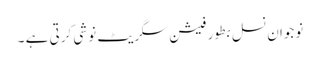
نوجوان نسل بطور فیشن سگریٹ نوشی کرتی ہے ۔